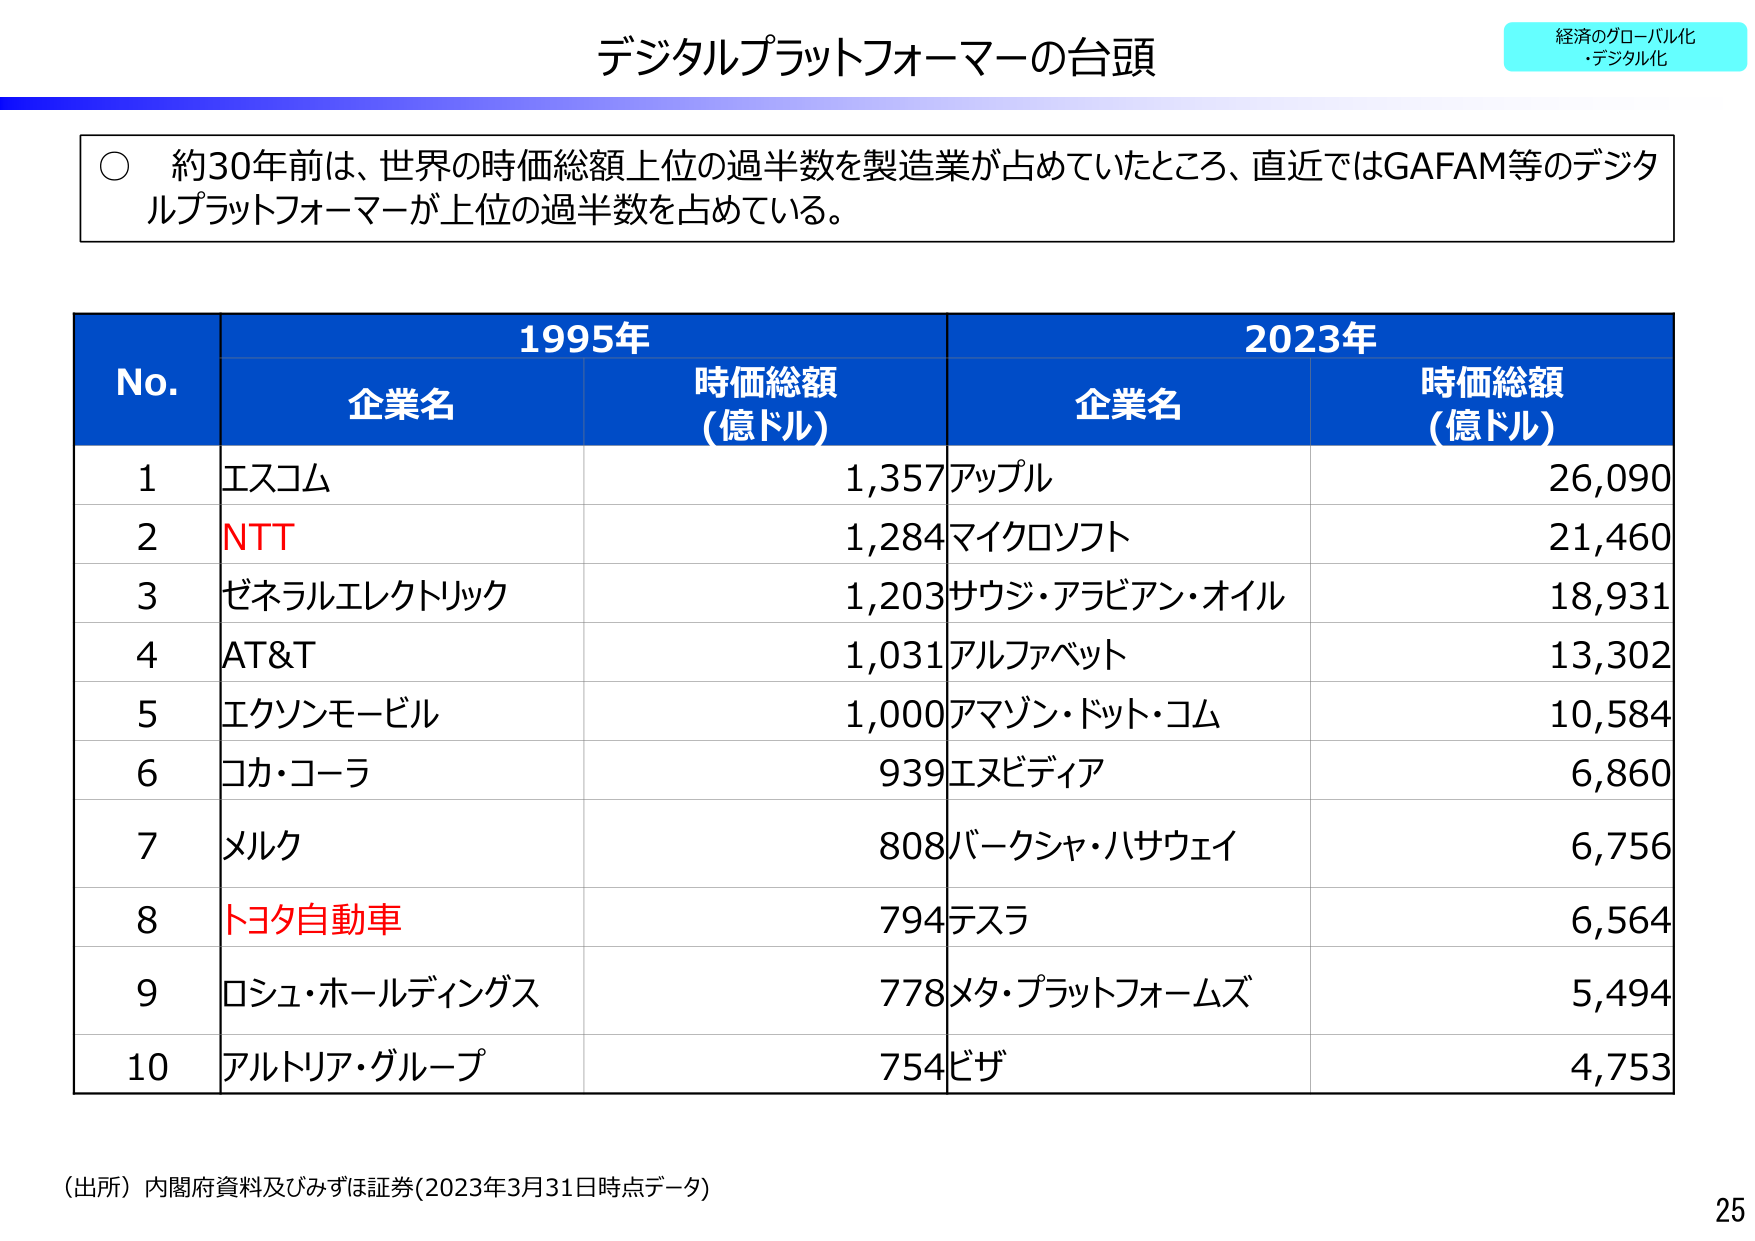
デジタルプラットフォーマーの台頭

経済のグローバル化
・デジタル化

○ 約30年前は、世界の時価総額上位の過半数を製造業が占めていたところ、直近ではGAFAM等のデジタルプラットフォーマーが上位の過半数を占めている。

No. 1995年 2023年
企業名 時価総額（億ドル） 企業名 時価総額（億ドル）

1 エスコム 1,357 アップル 26,090
2 NTT 1,284 マイクロソフト 21,460
3 ゼネラルエレクトリック 1,203 サウジ・アラビアン・オイル 18,931
4 AT&T 1,031 アルファベット 13,302
5 エクソンモービル 1,000 アマゾン・ドット・コム 10,584
6 コカ・コーラ 939 エヌビディア 6,860
7 メルク 808 バークシャ・ハサウェイ 6,756
8 トヨタ自動車 794 テスラ 6,564
9 ロシュ・ホールディングス 778 メタ・プラットフォームズ 5,494
10 アルトリア・グループ 754 ビザ 4,753

（出所）内閣府資料及びみずほ証券（2023年3月31日時点データ）

25